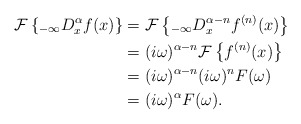
\begin{align*}\mathcal{F}\left\{ _{-\infty}D_{x}^{\alpha}f(x)\right\} & =\mathcal{F}\left\{ _{-\infty}D_{x}^{\alpha-n}f^{(n)}(x)\right\} \\& =(i\omega)^{\alpha-n}\mathcal{F}\left\{ f^{(n)}(x)\right\} \\& =(i\omega)^{\alpha-n}(i\omega)^{n}F(\omega)\\& =(i\omega)^{\alpha}F(\omega).\end{align*}